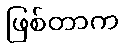
ဖြစ်တာက